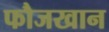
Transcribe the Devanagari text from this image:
फौजखान